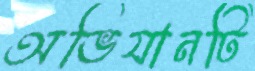
অভিযানটি